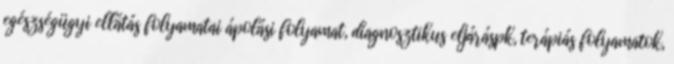
egészségügyi ellátás folyamatai ápolási folyamat, diagnosztikus eljáráspk, terápiás folyamatok,